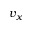
v _ { x }